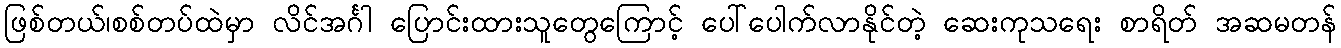
ဖြစ်တယ်၊စစ်တပ်ထဲမှာ လိင်အင်္ဂါ ပြောင်းထားသူတွေကြောင့် ပေါ်ပေါက်လာနိုင်တဲ့ ဆေးကုသရေး စာရိတ် အဆမတန်